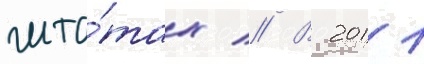
шта́тах // В 2011